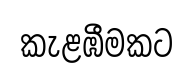
කැළඹීමකට